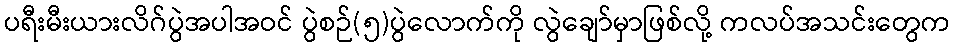
ပရီးမီးယားလိဂ်ပွဲအပါအဝင် ပွဲစဉ်(၅)ပွဲလောက်ကို လွဲချော်မှာဖြစ်လို့ ကလပ်အသင်းတွေက